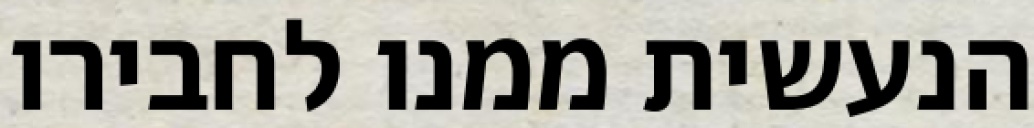
הנעשית ממנו לחבירו